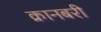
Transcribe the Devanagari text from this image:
क्रानबरी